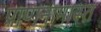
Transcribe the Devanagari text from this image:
प्राणनामास्त